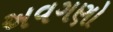
અવગણો